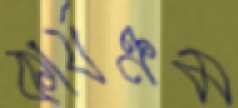
কার্যক্রম